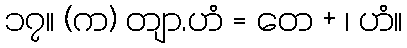
၁၇။ (က) တျာ.ဟံ = တေ + ၊ ဟံ။